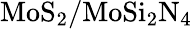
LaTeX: \mathrm{MoS_{2}/MoSi_{2}N_{4}}